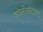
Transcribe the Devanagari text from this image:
स्पेसीयटरस्